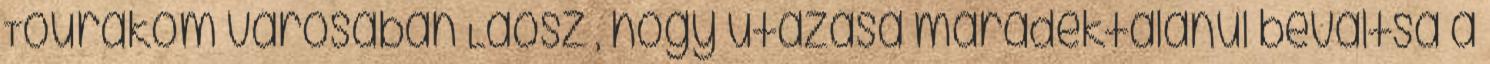
Tourakom városában Laosz , hogy utazása maradéktalanul beváltsa a